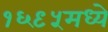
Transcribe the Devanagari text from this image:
१६९५मध्ये